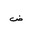
Letter: _dad